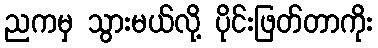
ညကမှ သွားမယ်လို့ ပိုင်းဖြတ်တာကိုး